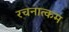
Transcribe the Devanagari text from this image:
रचनात्‍कम